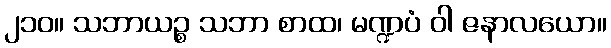
၂၁၀။ သဘာယဉ္စ သဘာ စာထ၊ မဏ္ဍပံ ဝါ ဇနာလယော။